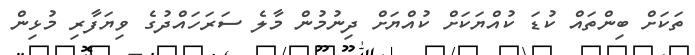
ތަކަށް ބިންތައް ކުޑަ ކުއްޔަކަށް ކުއްޔަށް ދިނުމުން މާލެ ސަރަހައްދުގެ ވިޔަފާރި މުޅިން